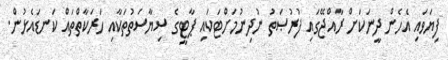
ފިޔަވައި އެހެން ދީނަކަށް ރާއްޖޭގައި ފުރުޞަތު ނުދިނުމަށްޓަކައި ޕާޓީގެ ސިޔާސަތުތަކާއި ހަރަކާތްތައް ކަނޑައެޅުން.